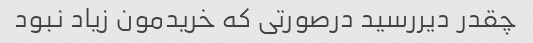
چقدر دیررسید درصورتی که خریدمون زیاد نبود